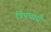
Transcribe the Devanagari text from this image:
त्रिपथायै